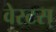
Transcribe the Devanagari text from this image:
वेस्टस्‌